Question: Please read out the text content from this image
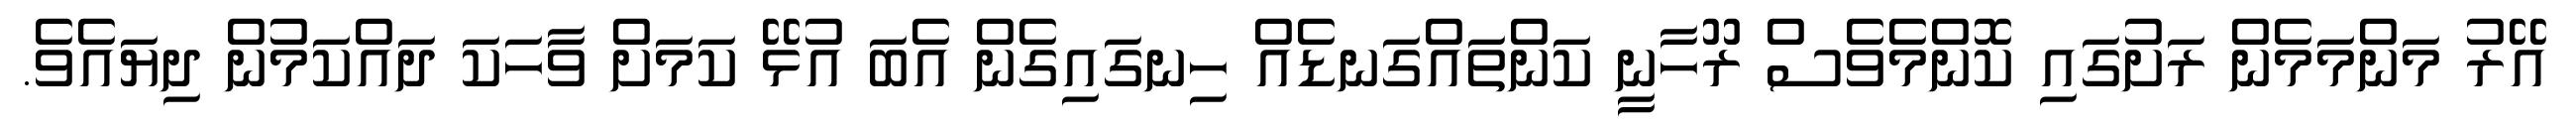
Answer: އޭރު މަންމަމެން ރަށުގައި ކޮންމެވެސް ރޫހާނީ ކަންތައްގަނޑެއް ހިނގައިގެން އެބަ އުޅޭ ކަމަށް ވާހަކަ ދައްކަމުން ދިޔައެވެ.